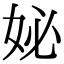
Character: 妼